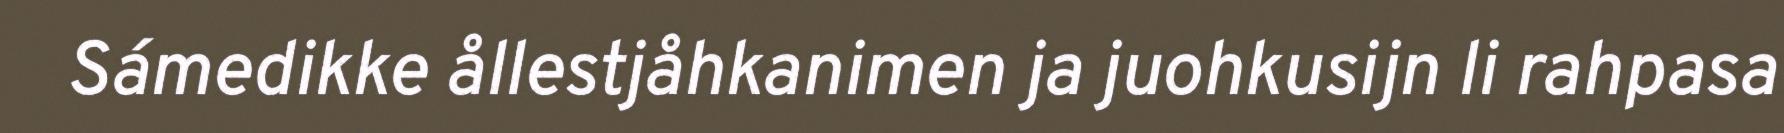
Sámedikke ållestjåhkanimen ja juohkusijn li rahpasa